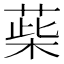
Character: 䓱